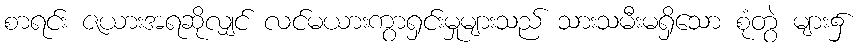
စာရင်း ဇယားအရဆိုလျှင် လင်မယားကွာရှင်းမှုများသည် သားသမီးမရှိသော စုံတွဲ များ၌